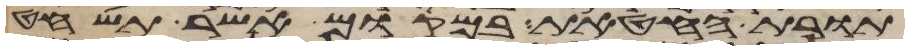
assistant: תורת החטאת במקום אשר תשחט